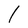
Character: l